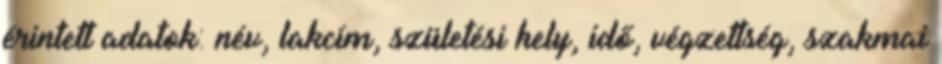
érintett adatok: név, lakcím, születési hely, idő, végzettség, szakmai